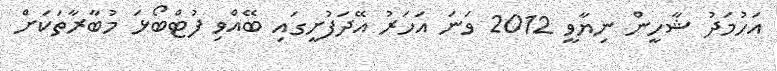
އަހުމަދު ޝާހީން ނިޔާވީ 2012 ވަނަ އަހަރު އޭދަފުށީގައި ބޭއްވި ފުޓްބޯޅަ މުބާރާތަކަށް